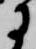
に